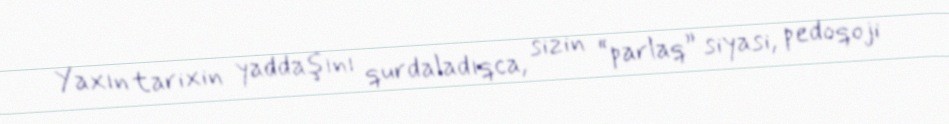
Yaxın tarixin yaddaşını qurdaladıqca, sizin “parlaq” siyasi, pedoqoji